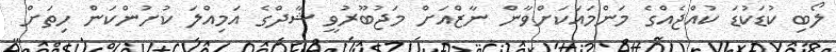
ލޯބި ކުޑަކުޑަ ކުއްޖެއްގެ މަންމައަކަށްވާން ނާޒްއަށް މަޖުބޫރުވީ ޝާދްގެ އަމިއްލަ ކުށުންކަން ހިތަށް